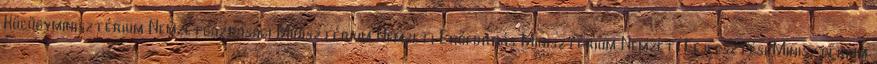
Külügyminisztérium Nemzetgazdasági Minisztérium Nemzeti Erőforrás Minisztérium Nemzeti Fejlesztési Minisztérium